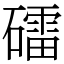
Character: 礌